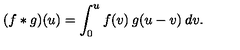
( f * g ) ( u ) = \int _ { 0 } ^ { u } f ( v ) \: g ( u - v ) \: d v .